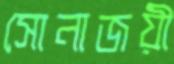
সোনাজয়ী